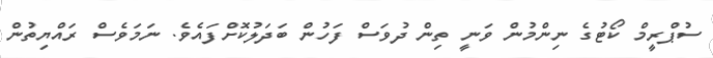
ސުޕްރީމް ކޯޓުގެ ނިންމުން ވަނީ ތިން ދުވަސް ފަހުން ބަދަލުކޮށްފައެވެ. ނަމަވެސް ރައްޔިތުން